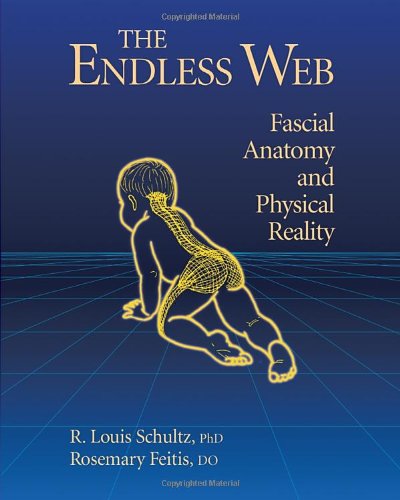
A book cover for The Endless Web: Fascial Anatomy and Physical Reality; R. Louis Schultz; Medical Books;